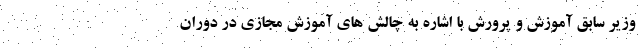
وزیر سابق آموزش و پرورش با اشاره به چالش های آموزش مجازی در دوران